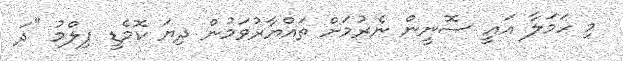
މި ހަމަލާ އައީ ސޮނީން ނެރުމަށް ތައްޔާރުވަމުން ދިޔަ ކޮމެޑީ ފިލްމު "ދަ